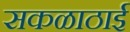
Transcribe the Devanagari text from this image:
सकळाठाई